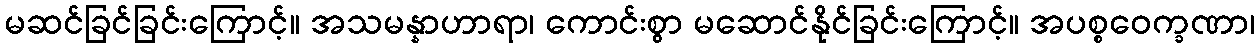
မဆင်ခြင်ခြင်းကြောင့်။ အသမန္နာဟာရာ၊ ကောင်းစွာ မဆောင်နိုင်ခြင်းကြောင့်။ အပစ္စဝေက္ခဏာ၊